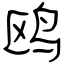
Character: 鸥